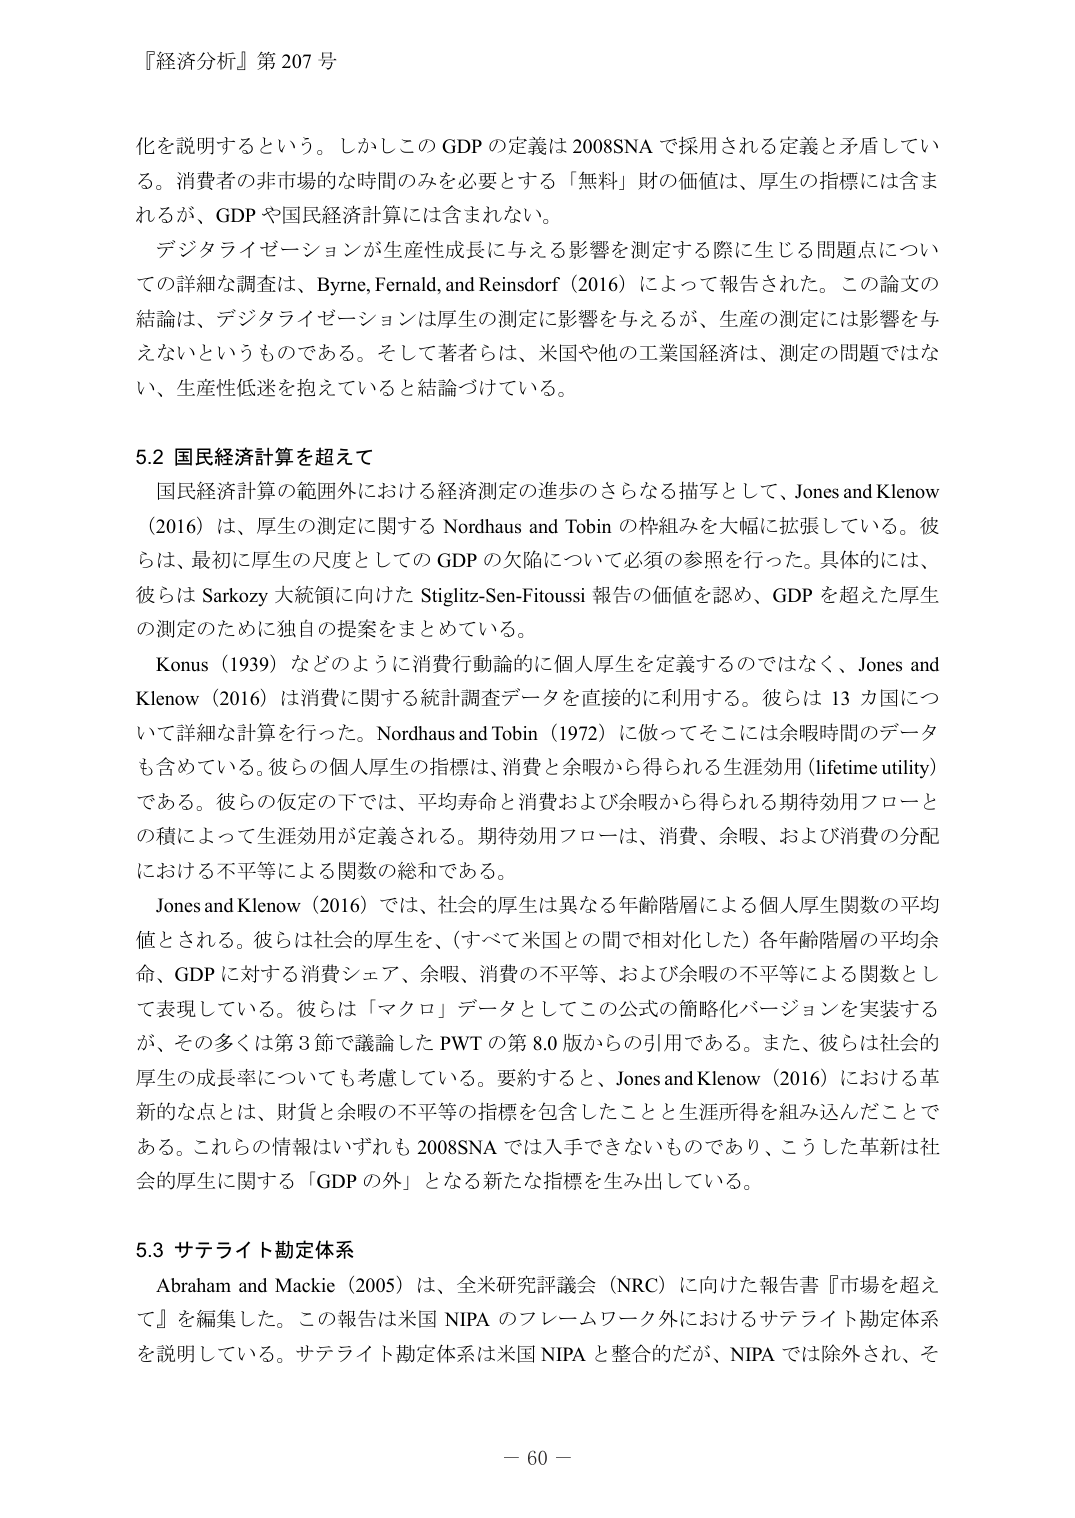
『経済分析』第 207 号

化を説明するという。しかしこの GDP の定義は 2008SNA で採用される定義と矛盾している。消費者の非市場的な時間のみを必要とする「無料」財の価値は、厚生の指標には含まれるが、GDP や国民経済計算には含まれない。

デジタライゼーションが生産性成長に与える影響を測定する際に生じる問題点についての詳細な調査は、Byrne, Fernald, and Reinsdorf (2016) によって報告された。この論文の結論は、デジタライゼーションは厚生の測定に影響を与えるが、生産の測定には影響を与えないというものである。そして著者らは、米国や他の工業国経済は、測定の問題ではない、生産性低迷を抱えていると結論づけている。

5.2 国民経済計算を超えて

国民経済計算の範囲外における経済測定の進歩のさらなる描写として、Jones and Klenow (2016) は、厚生の測定に関する Nordhaus and Tobin の枠組みを大幅に拡張している。彼らは、最初に厚生の尺度としての GDP の欠陥について必須の参照を行った。具体的には、彼らは Sarkozy 大統領に向けた Stiglitz-Sen-Fitoussi 報告の価値を認め、GDP を超えた厚生の測定のために独自の提案をまとめている。

Konus (1939) などのように消費行動論的に個人厚生を定義するのではなく、Jones and Klenow (2016) は消費に関する統計調査データを直接的に利用する。彼らは 13 カ国について詳細な計算を行った。Nordhaus and Tobin (1972) に倣ってそこには余暇時間のデータも含めている。彼らの個人厚生の指標は、消費と余暇から得られる生涯効用 (lifetime utility) である。彼らの仮定の下では、平均寿命と消費および余暇から得られる期待効用フローとの積によって生涯効用が定義される。期待効用フローは、消費、余暇、および消費の分配における不平等による関数の総和である。

Jones and Klenow (2016) では、社会的厚生は異なる年齢階層による個人厚生関数の平均値とされる。彼らは社会的厚生を、（すべて米国との間で相対化した）各年齢階層の平均余命、GDP に対する消費シェア、余暇・消費の不平等、および余暇の不平等による関数として表現している。彼らは「マクロ」データとしてこの公式の簡略化バージョンを実装するが、その多くは第 3 節で議論した PWT の第 8.0 版からの引用である。また、彼らは社会的厚生の成長率についても考慮している。要約すると、Jones and Klenow (2016) における革新的な点とは、財貨と余暇の不平等の指標を包含したことと生涯所得を組み込んだことである。これらの情報はいずれも 2008SNA では入手できないものであり、こうした革新は社会的厚生に関する「GDP の外」となる新たな指標を生み出している。

5.3 サテライト勘定体系

Abraham and Mackie (2005) は、全米研究評議会 (NRC) に向けた報告書『市場を超えて』を編集した。この報告は米国 NIPA のフレームワーク外におけるサテライト勘定体系を説明している。サテライト勘定体系は米国 NIPA と整合的だが、NIPA では除外され、そ

－ 60 －